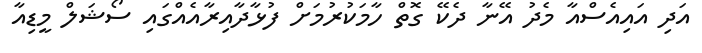
އަދި އައިއެސްއާ މެދު އޭނާ ދެކޭ ގޮތް ހާމަކުރުމަށް ފުޅާދާއިރާއެއްގައި ސޯޝަލް މީޑިއާ